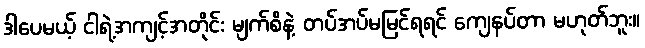
ဒါပေမယ့် ငါရဲ့အကျင့်အတိုင်း မျက်စိနဲ့ တပ်အပ်မမြင်ရရင် ကျေနပ်တာ မဟုတ်ဘူး။